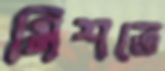
মিশতে